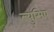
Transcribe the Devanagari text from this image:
ल्युसिए